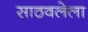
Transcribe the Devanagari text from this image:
साठवलेला